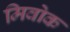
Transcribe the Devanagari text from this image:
मिवोक